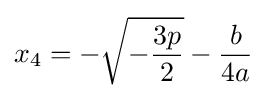
x_{4}=-{\sqrt {-{\frac {3p}{2}}}}-{\frac {b}{4a}}